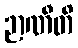
ဉာဏီတိ